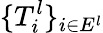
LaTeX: \{ T_{i}^{l}\} _{i\in E^{l}}